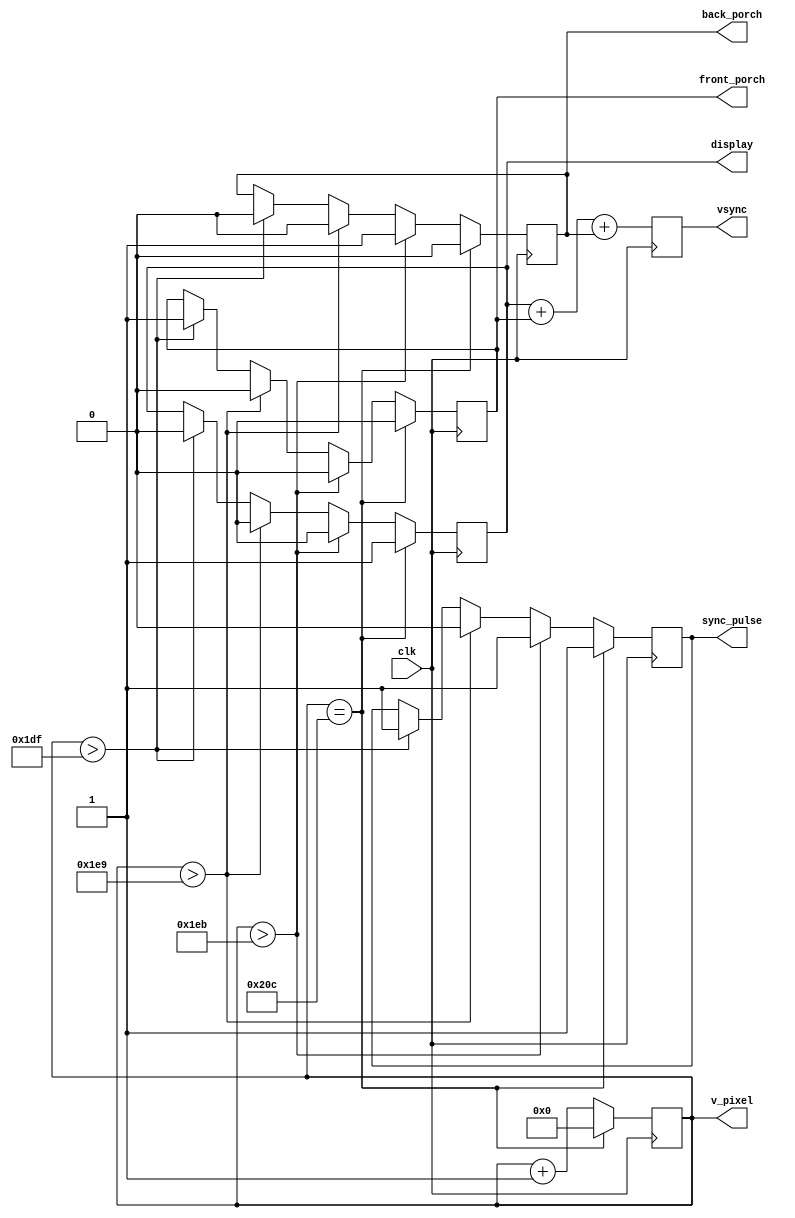
/*
* v_sync info::
	* pixel clk = 108MHz
	* display = 864 ticks
	* front porch = 1 ticks
	* sync pulse = 3 ticks
	* back porch = 32 ticks
	* TOTAL == 900 ticks
*/
/*
* v_sync info::
	* pixel clk = 25MHz
	* display = 480 ticks
	* front porch = 10 ticks
	* sync pulse = 2 ticks
	* back porch = 33 ticks
	* TOTAL == 525 ticks
*/
module v_counter (clk, vsync, display, front_porch, sync_pulse, back_porch, v_pixel);
	input wire clk;
	output reg display, front_porch, sync_pulse, back_porch, vsync;
	output reg [9:0] v_pixel;

	initial
	begin
		v_pixel = 9'b0;
		display = 1'b1;
		front_porch = 1'b0;
		sync_pulse = 1'b1;
		back_porch = 1'b0;
	end
	always @(negedge clk)
	begin
	    vsync = display + front_porch + back_porch;
		if (v_pixel == 524)
		begin
			display = 1'b1;
			front_porch = 1'b0;
			sync_pulse = 1'b1;
			back_porch = 1'b0;

			v_pixel = 9'b0;
		end
		else if (v_pixel > 491)
		begin
			display = 1'b0;
			front_porch = 1'b0;
			sync_pulse = 1'b1;
			back_porch = 1'b1;

			v_pixel = v_pixel + 1;
		end
		else if (v_pixel > 489)
		begin
			display = 1'b0;
			front_porch = 1'b0;
			sync_pulse = 1'b0;
			back_porch = 1'b0;

			v_pixel = v_pixel + 1;
		end
		else if (v_pixel > 479)
		begin
			display = 1'b0;
			front_porch = 1'b1;
			sync_pulse = 1'b1;
			back_porch = 1'b0;

			v_pixel = v_pixel + 1;
		end
		else
		begin
			v_pixel = v_pixel + 1;
		end
	end
endmodule